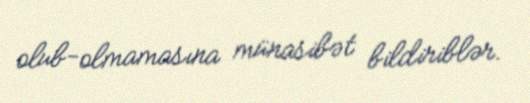
olub-olmamasına münasibət bildiriblər.